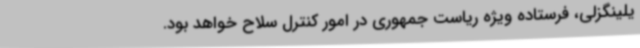
یلینگزلی، فرستاده ویژه ریاست جمهوری در امور کنترل سلاح خواهد بود.